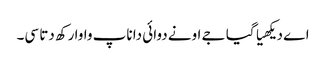
اے دیکھیا گیا جے اونے دوائی دا ناپ واوا رکھ دتا سی۔